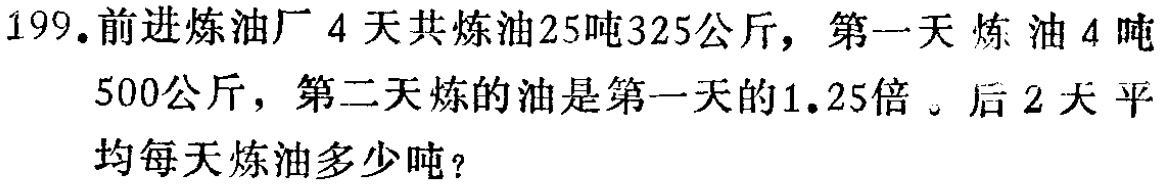
199.前进炼油厂4天共炼油25吨325公斤，第一天炼油4吨500公斤，第二天炼的油是第一天的1.25倍。后2天平均每天炼油多少吨？